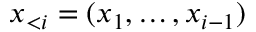
\boldsymbol x _ { < i } = ( x _ { 1 } , \dots , x _ { i - 1 } )